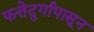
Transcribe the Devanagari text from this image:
फत्तेदुर्गापासून